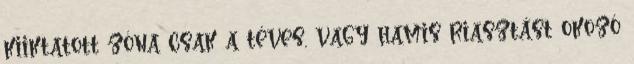
kiiktatott zóna csak a téves, vagy hamis riasztást okozó